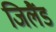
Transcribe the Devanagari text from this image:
जिलैंड